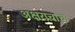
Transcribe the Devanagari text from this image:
अक्षराचाच